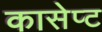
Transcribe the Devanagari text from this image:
कासेप्ट